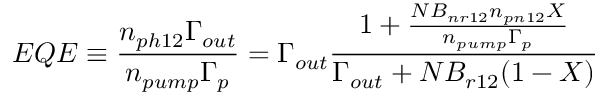
E Q E \equiv \frac { n _ { p h 1 2 } \Gamma _ { o u t } } { n _ { p u m p } \Gamma _ { p } } = \Gamma _ { o u t } \frac { 1 + \frac { N B _ { n r 1 2 } n _ { p n 1 2 } X } { n _ { p u m p } \Gamma _ { p } } } { \Gamma _ { o u t } + N B _ { r 1 2 } ( 1 - X ) }